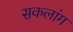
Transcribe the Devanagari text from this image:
सकलांग